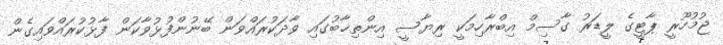
ޖުމުހޫރީ ޕާޓީގެ ލީޑަރު ގާސިމް އިބްރާހިމަކީ ރިޔާސީ އިންތިޚާބުގައި ވާދަކުރައްވަން ބޭނުންފުޅުވާކަން ފާޅުކުރައްވައިގެން